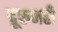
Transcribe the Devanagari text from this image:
दूरुनही